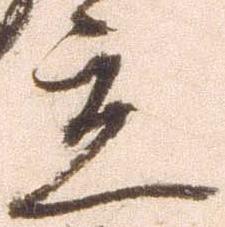
立